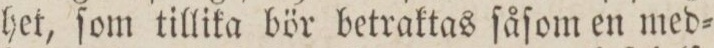
het, ſom tillika bör betraktas ſåſom en med=